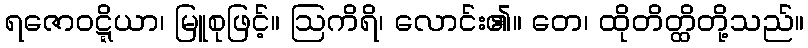
ရဇောဝဋ္ဋိယာ၊ မြူစုဖြင့်။ ဩကိရိ၊ လောင်း၏။ တေ၊ ထိုတိတ္ထိတို့သည်။